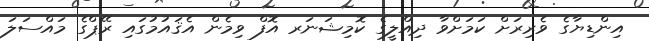
އިންޑިޔާގެ ވެރިރަށް ކަމަށްވާ ދިއްލީގެ ކޮމިޝަނަރ އޮފް ވިމެން އެޤައުމުގައި ރޭޕްގެ މައްސަލަ